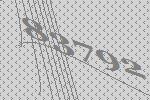
83792